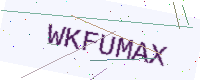
Text: WKFUMAX